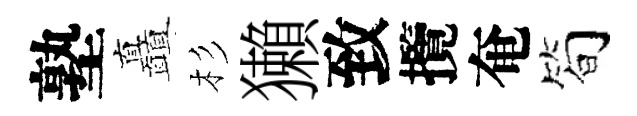
塾矗杉獺致攬奄简